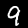
Digit: 9